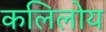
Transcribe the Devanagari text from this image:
कलिलोय